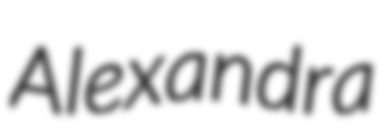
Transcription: Alexandra